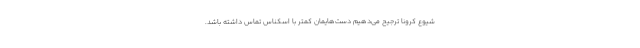
شیوع کرونا ترجیح می‌دهیم دست‌هایمان کمتر با اسکناس تماس داشته باشد.